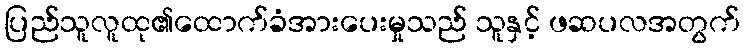
ပြည်သူလူထု၏ထောက်ခံအားပေးမှုသည် သူနှင့် ဖဆပလအတွက်